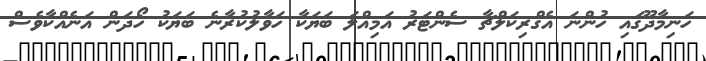
ހަނިމާދޫގައި ހުންނަ އެގްރިކަލްޗާ ސެންޓަރު އަމިއްލަ ބަޔަކާ ހަވާލުކުރާނެ ބަޔަކު ހޯދަން އަނެއްކާވެސް